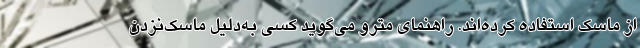
از ماسک استفاده کرده‌اند. راهنمای مترو می‌گوید کسی به‌دلیل ماسک‌نزدن